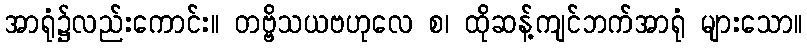
အာရုံ၌လည်းကောင်း။ တဗ္ဗိသယဗဟုလေ စ၊ ထိုဆန့်ကျင်ဘက်အာရုံ များသော။